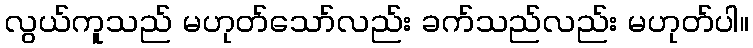
လွယ်ကူသည် မဟုတ်သော်လည်း ခက်သည်လည်း မဟုတ်ပါ။